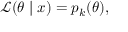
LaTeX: { \mathcal { L } } ( \theta \mid x ) = p _ { k } ( \theta ) ,